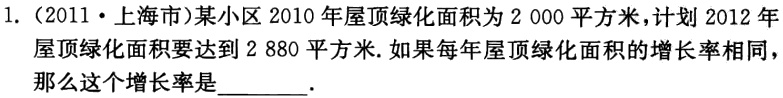
\[

\begin{align*}

x^{2}-8x + 12&=0.\\

(x - 2)(x - 6)&=0.\\

x_{1}=2,x_{2}&=6.

\end{align*}

\]